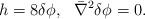
LaTeX: \begin{align*}h=8 \delta \phi,~~ \bar \nabla^2 \delta \phi =0.\end{align*}